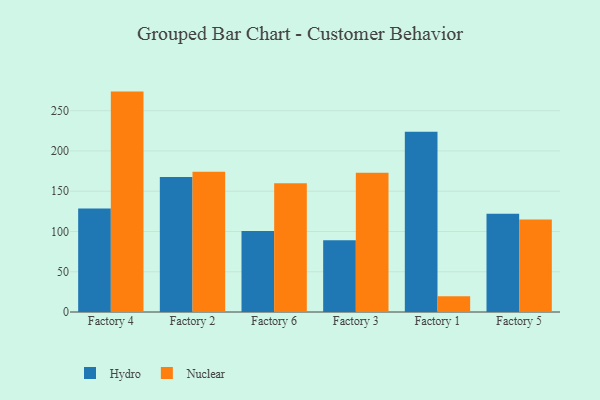
{"axis": {"x": "Factory", "y": "Population (Million)"}, "legend": ["Hydro", "Nuclear"], "data": [{"x": "Factory 4", "y": 128.6, "type": "Hydro"}, {"x": "Factory 4", "y": 273.7, "type": "Nuclear"}, {"x": "Factory 2", "y": 167.8, "type": "Hydro"}, {"x": "Factory 2", "y": 174.2, "type": "Nuclear"}, {"x": "Factory 6", "y": 100.6, "type": "Hydro"}, {"x": "Factory 6", "y": 159.9, "type": "Nuclear"}, {"x": "Factory 3", "y": 89.0, "type": "Hydro"}, {"x": "Factory 3", "y": 172.9, "type": "Nuclear"}, {"x": "Factory 1", "y": 223.7, "type": "Hydro"}, {"x": "Factory 1", "y": 19.7, "type": "Nuclear"}, {"x": "Factory 5", "y": 122.1, "type": "Hydro"}, {"x": "Factory 5", "y": 114.9, "type": "Nuclear"}]}